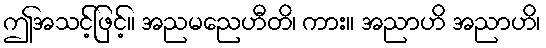
ဤအသင့်ဖြင့်။ အညမညေဟီတိ၊ ကား။ အညာဟိ အညာဟိ၊